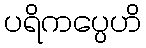
ပရိကပ္ပေဟိ